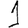
Digit: 1